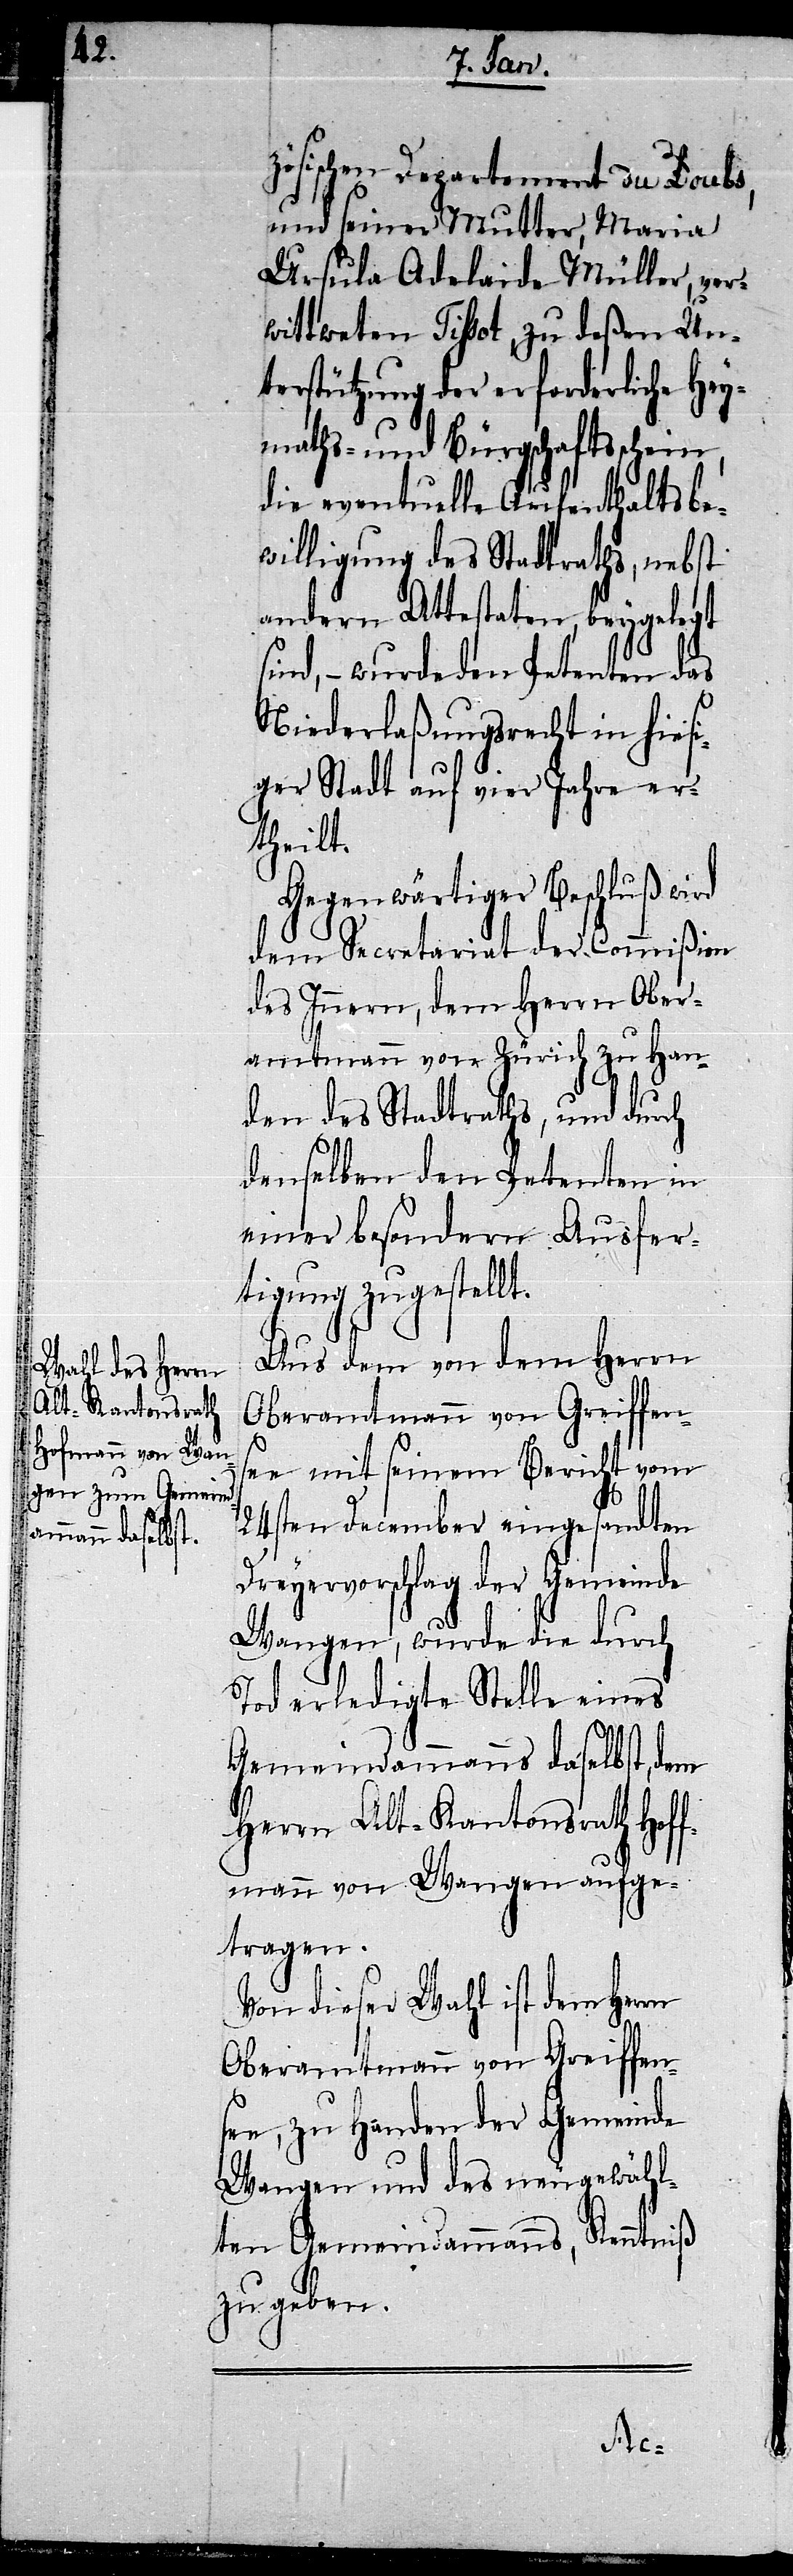
zösischen Departement du Doubs,
und seiner Mutter, Maria
Ursula Adelaide Müller, ver¬
wittweten Tissot, zu deßen Un¬
terstützung der erforderliche Hey¬
maths- und Bürgschaftsschein,
die eventuelle Aufenthaltsbe¬
willigung des Stadtraths, nebst
andern Attestaten, beygelegt
sind, – wurde den Petenten das
Niederlaßungsrecht in hiesi¬
ger Stadt auf vier Jahre er¬
theilt.
Gegenwärtiger Beschluß wird
dem Secretariat der Commißion
des Innern, dem Herrn Ober¬
amtmann von Zürich zu Han¬
den des Stadtraths, und durch
denselben den Petenten in
einer besondern Ausfer¬
tigung zugestellt.
Aus dem von dem Herrn
Oberamtmann von Greiffen¬
see mit seinem Bericht vom
24sten December eingesandten
Dreyervorschlag der Gemeinde
Wangen, wurde die durch
Tod erledigte Stelle eines
Gemeindammanns daselbst, dem
Herrn Alt-Kantonsrath Hoff¬
tragen.
Von dieser Wahl ist dem Her¬
e, zu Handen der Gemeinde
Wangen und des neugewähl¬
ten Gemeindammanns, Kenntniß
zu geben.
se¬